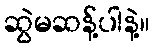
ဆွဲမဆန့်ပါနဲ့။